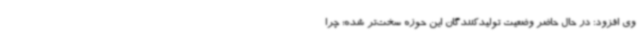
وی افزود: در حال حاضر وضعیت تولیدکنندگان این حوزه سخت‌تر شده؛ چرا